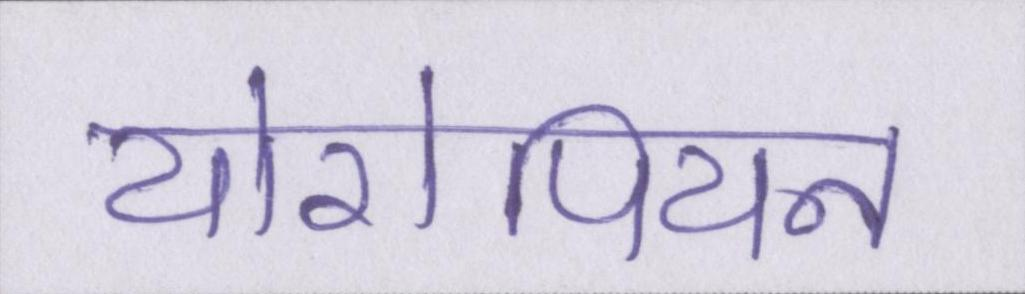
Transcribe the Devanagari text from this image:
योरोपियन